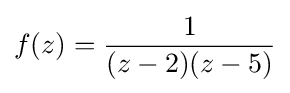
f(z)={\frac {1}{(z-2)(z-5)}}